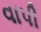
વાપી